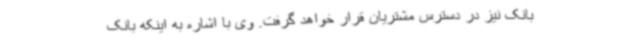
بانک نیز در دسترس مشتریان قرار خواهد گرفت. وی با اشاره به اینکه بانک